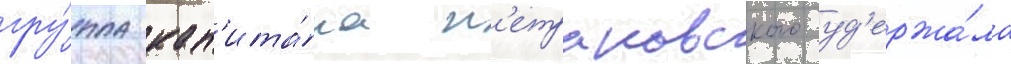
гру́ппа кап'ита́на п'етраковского уд'ержа́ла